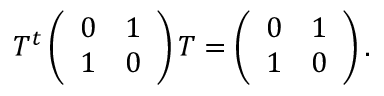
T ^ { t } \left( \begin{array} { c c } { { 0 } } & { { 1 } } \\ { { 1 } } & { { 0 } } \end{array} \right) T = \left( \begin{array} { c c } { { 0 } } & { { 1 } } \\ { { 1 } } & { { 0 } } \end{array} \right) .